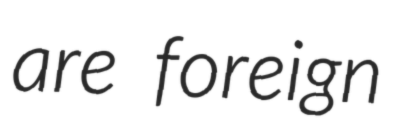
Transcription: are foreign